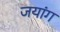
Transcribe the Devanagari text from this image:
जयांग